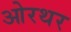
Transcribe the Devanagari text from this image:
ओरथर